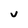
Character: V